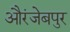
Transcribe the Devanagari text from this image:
औरंजेबपुर